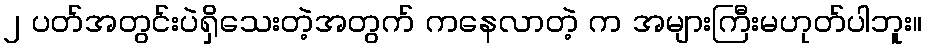
၂ ပတ်အတွင်းပဲရှိသေးတဲ့အတွက် ကနေလာတဲ့ က အများကြီးမဟုတ်ပါဘူး။